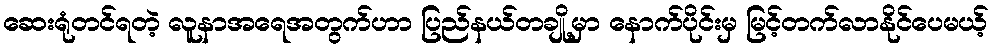
ဆေးရုံတင်ရတဲ့ လူနာအရေအတွက်ဟာ ပြည်နယ်တချို့မှာ နောက်ပိုင်းမှ မြင့်တက်လာနိုင်ပေမယ့်